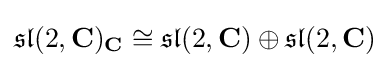
{\mathfrak {sl}}(2,\mathbf {C} )_{\mathbf {C} }\cong {\mathfrak {sl}}(2,\mathbf {C} )\oplus {\mathfrak {sl}}(2,\mathbf {C} )